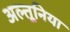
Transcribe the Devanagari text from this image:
अल्तूनिया